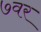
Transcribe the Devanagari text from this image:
७वर